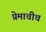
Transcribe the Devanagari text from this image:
प्रेमाचीच